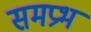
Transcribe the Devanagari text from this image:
समप्रभ